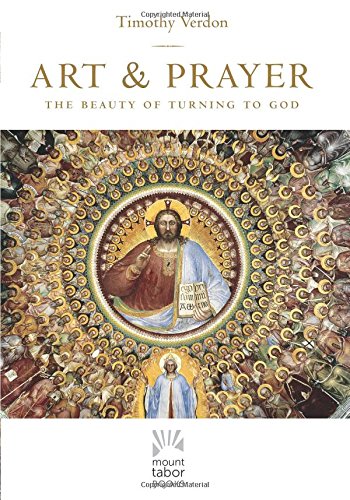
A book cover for Art and Prayer: The Beauty of Turning to God (Mount Tabor Books); Timothy Verdon; Arts & Photography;